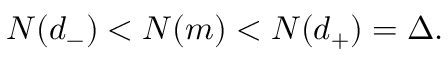
N ( d _ { - } ) < N ( m ) < N ( d _ { + } ) = \Delta .